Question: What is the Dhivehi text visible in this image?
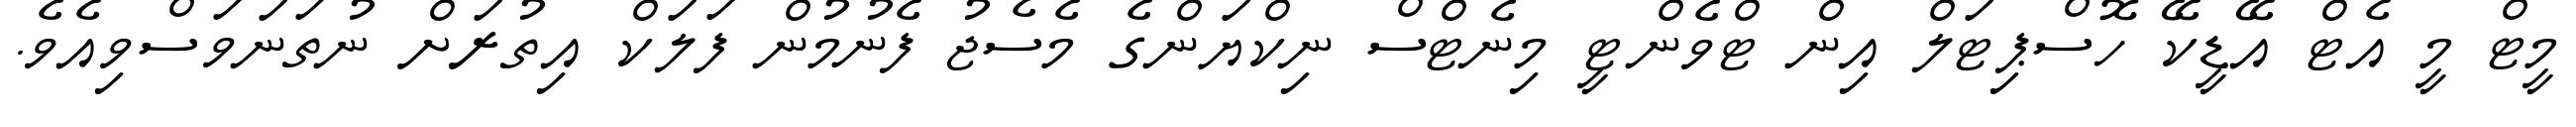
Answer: މީޓް މީ އެޓް އޭޑީކޭ ހޮސްޕިޓަލް އިން ޓްވެންޓީ މިނެޓްސް ނިކްޔަންގެ މެސެޖު ފެނުމުން ފަލަކް އިތުރަށް ނުތަނަވަސްވިއެވެ.